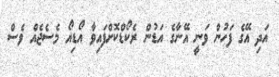
އަދި އޭގެ ފަހުން ވަނީ އޭނާގެ އަޑުން ރެކޯޑްކޮށްފައިވާ އޯޑިއޯ މެސެޖެއް ވެސް